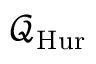
{ \mathcal { Q } } _ { \mathrm { H u r } }